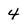
Character: 4